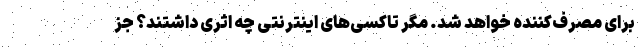
برای مصرف‌کننده خواهد شد. مگر تاکسی‌های اینترنتی چه اثری داشتند؟ جز